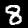
Digit: 8